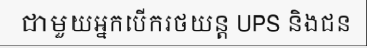
ជាមួយអ្នកបើករថយន្ត UPS និងជន